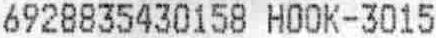
6928835430158 HOOK-3015